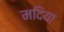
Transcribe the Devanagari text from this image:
मदिया